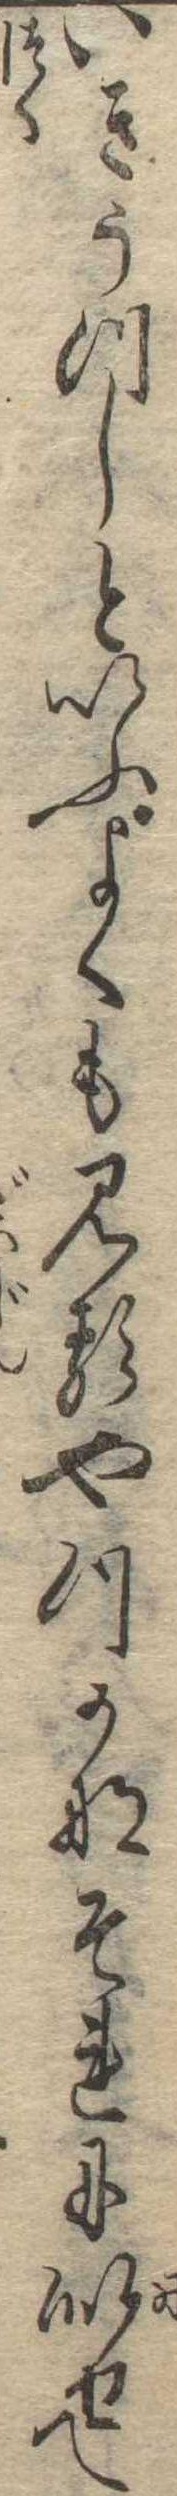
いきうつしといふよくも見るやつかなそれに似せて